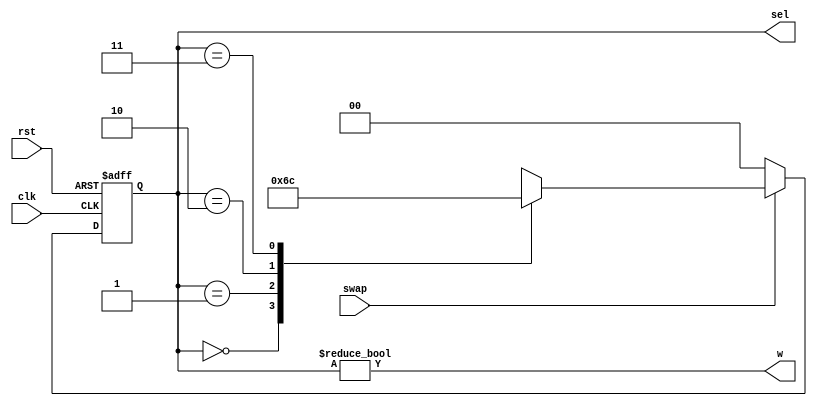
`timescale 1ns / 1ps
//////////////////////////////////////////////////////////////////////////////////
// Company: 
// Engineer: 
// 
// Design Name: 
// Module Name: FSM_Controller
// Project Name: 
// Target Devices: 
// Tool Versions: 
// Description: 
// 
// Dependencies: 
// 
// Revision:
// Revision 0.01 - File Created
// Additional Comments:
// 
//////////////////////////////////////////////////////////////////////////////////


module FSM_Controller
    (
        input clk,rst,swap,
        output [1:0] sel,
        output w
    );

    reg [1:0] state_reg,state_next;
    localparam s0 =0;
    localparam s1 =1;
    localparam s2 =2;
    localparam s3 =3;

    always @(posedge clk ,negedge rst) 
    begin
        if (~rst) 
        begin
            state_reg<=s0;    
        end
        else
            state_reg<=state_next;    
    end

    always @(*) 
    begin
        if (swap) 
        begin
        case (state_reg)
            s0:state_next=s1;
            s1:state_next=s2;
            s2:state_next=s3;
            s3: state_next=s0;
            default: state_next=state_reg;
        endcase
        end
        else
        state_next=s0;
    end

    assign sel=state_reg;
    assign w=(state_reg!=s0);
endmodule